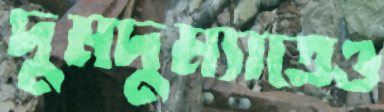
দুমদুম্যাতেও